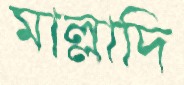
মাল্লাদি